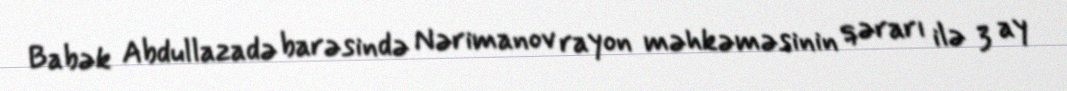
Babək Abdullazadə barəsində Nərimanov rayon məhkəməsinin qərarı ilə 3 ay